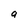
Character: g